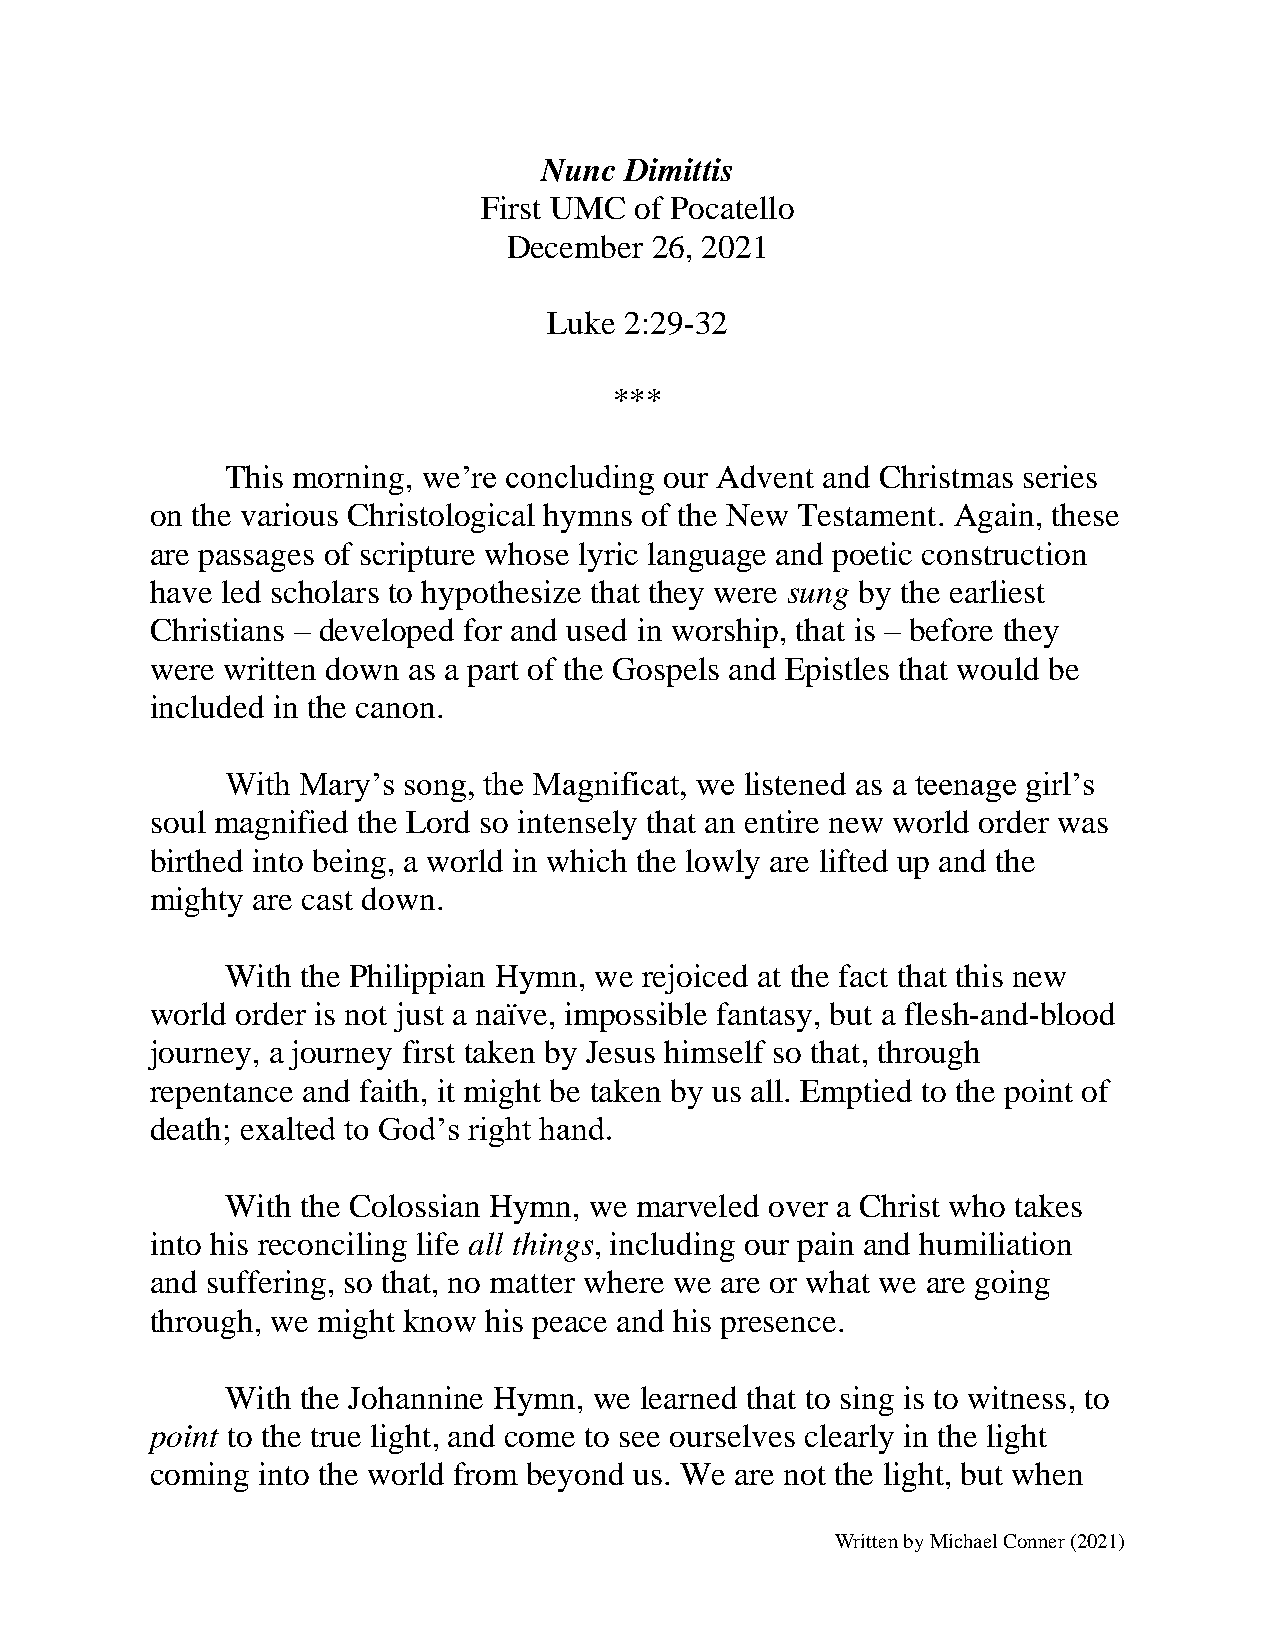
Nunc Dimittis
 First UMC of Pocatello
 December 26, 2021
 Luke 2:29-32
 ***
 This morning, we’re concluding our Advent and Christmas series
 on the various Christological hymns of the New Testament. Again, these
 are passages of scripture whose lyric language and poetic construction
 have led scholars to hypothesize that they were sung by the earliest
 Christians – developed for and used in worship, that is – before they
 were written down as a part of the Gospels and Epistles that would be
 included in the canon.
 With Mary’s song, the Magnificat, we listened as a teenage girl’s
 soul magnified the Lord so intensely that an entire new world order was
 birthed into being, a world in which the lowly are lifted up and the
 mighty are cast down.
 With the Philippian Hymn, we rejoiced at the fact that this new
 world order is not just a naïve, impossible fantasy, but a flesh-and-blood
 journey, a journey first taken by Jesus himself so that, through
 repentance and faith, it might be taken by us all. Emptied to the point of
 death; exalted to God’s right hand.
 With the Colossian Hymn, we marveled over a Christ who takes
 into his reconciling life all things, including our pain and humiliation
 and suffering, so that, no matter where we are or what we are going
 through, we might know his peace and his presence.
 With the Johannine Hymn, we learned that to sing is to witness, to
 point to the true light, and come to see ourselves clearly in the light
 coming into the world from beyond us. We are not the light, but when
 Written by Michael Conner (2021)